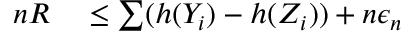
\begin{array} { r l } { n R } & { { } \leq \sum ( h ( Y _ { i } ) - h ( Z _ { i } ) ) + n \epsilon _ { n } } \end{array}